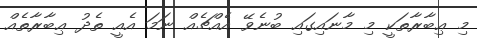
މި ޢިބާރާތަކީ މި މާނައިގައި ބުނެވޭ އެއްޗެއް ނަމަ އެއީ ތެދު ޢިބާރާތެއް